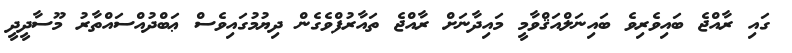
ގައި ރާއްޖެ ބައިވެރިވެ ބައިނަލްއަޤްވާމީ މައިދާނަށް ރާއްޖެ ތައާރުފްވެގެން ދިޔުމުގައިވެސް ޢަބްދުއްސައްތާރު މޫސާދީދީ